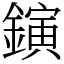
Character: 鏔